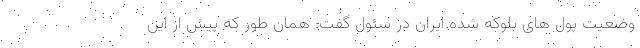
وضعیت پول های بلوکه شده ایران در سئول گفت: همان طور که پیش از این